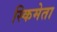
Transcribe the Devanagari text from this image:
स्किमेता